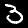
Label: 3